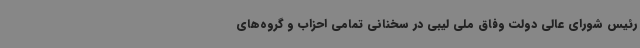
رئیس شورای عالی دولت وفاق ملی لیبی در سخنانی تمامی احزاب و گروه‌های